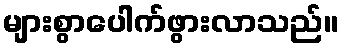
များစွာပေါက်ဖွားလာသည်။